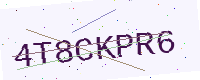
Text: 4T8CKPR6